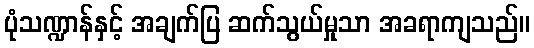
ပုံသဏ္ဍာန်နှင့် အချက်ပြ ဆက်သွယ်မှုသာ အခရာကျသည်။